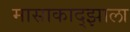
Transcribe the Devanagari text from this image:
मासाकाद्झाला